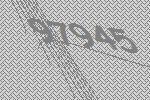
97945